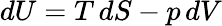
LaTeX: dU=T\, dS-p\, dV